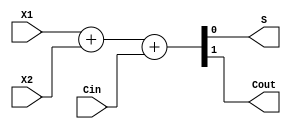
module add(X1,X2,Cin,S,Cout);
    input X1, X2, Cin;
    output S,Cout;
        reg[1:0] temp;
       always @(*)
       begin 
       temp = {1'b0,X1} + {1'b0,X2}+{1'b0,Cin};
       end 
       assign S = temp[0];
       assign Cout = temp[1];
endmodule